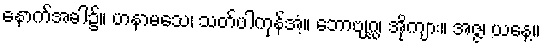
နောက်အခါ၌။ ဟနာမသေ၊ သတ်ပါကုန်အံ့။ ဘောဗျဂ္ဃ၊ အိုကျား။ အဇ္ဇ၊ ယနေ့။